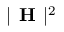
| \textbf { H } | ^ { 2 }